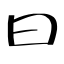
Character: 曰